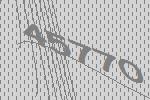
45770